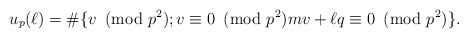
\begin{align*} u_p(\ell)=\#\{v\!\!\!\pmod{p^2}; v\equiv0\!\!\!\pmod{p^2}mv+\ell q\equiv0\!\!\!\pmod{p^2}\}.\end{align*}